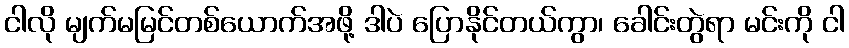
ငါလို မျက်မမြင်တစ်ယောက်အဖို့ ဒါပဲ ပြောနိုင်တယ်ကွာ၊ ခေါင်းတွဲရာ မင်းကို ငါ